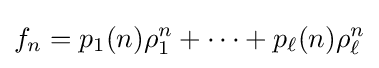
f_{n}=p_{1}(n)\rho _{1}^{n}+\cdots +p_{\ell }(n)\rho _{\ell }^{n}